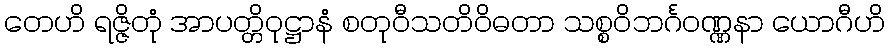
တေဟိ ရဇ္ဇိတုံ အာပတ္တိဝုဋ္ဌာနံ စတုဝီသတိဝိဓတာ သစ္စဝိဘင်္ဂဝဏ္ဏနာ ယောဂီဟိ